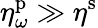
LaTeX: \eta_{\omega}^{\mathrm{p}}\gg\eta^{\mathrm{s}}